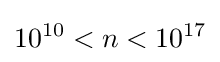
10^{10}<n<10^{17}